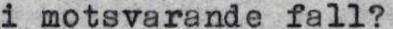
i motsvarande fall?